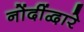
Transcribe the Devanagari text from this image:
नोंदींद्वारे